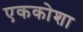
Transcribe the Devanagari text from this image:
एककोशा